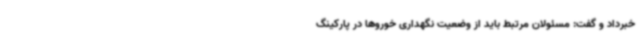
خبرداد و گفت: مسئولان مرتبط باید از وضعیت نگهداری خوروها در پارکینگ